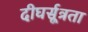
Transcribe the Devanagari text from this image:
दीघर्सूत्रता